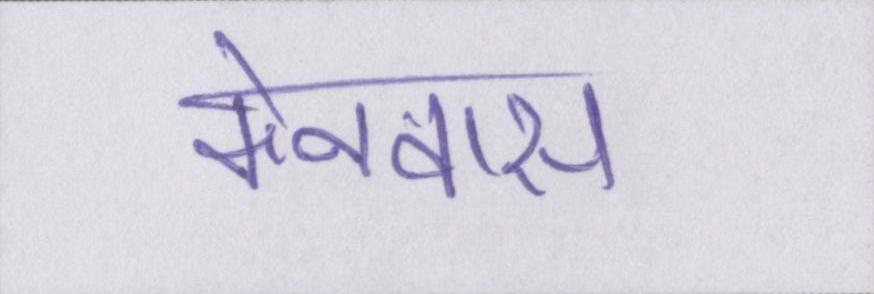
केनवास